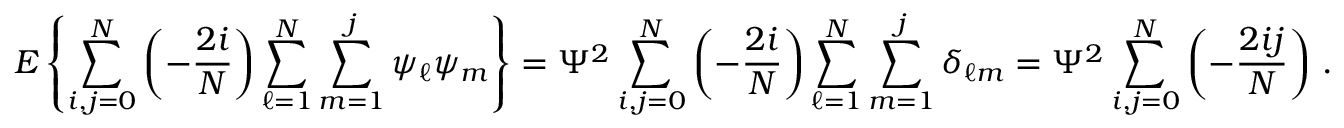
E \left\{ \sum _ { i , j = 0 } ^ { N } \left( - { \frac { 2 i } { N } } \right) \sum _ { \ell = 1 } ^ { N } \sum _ { m = 1 } ^ { j } \psi _ { \ell } \psi _ { m } \right\} = \Psi ^ { 2 } \sum _ { i , j = 0 } ^ { N } \left( - { \frac { 2 i } { N } } \right) \sum _ { \ell = 1 } ^ { N } \sum _ { m = 1 } ^ { j } \delta _ { \ell m } = \Psi ^ { 2 } \sum _ { i , j = 0 } ^ { N } \left( - { \frac { 2 i j } { N } } \right) \, .